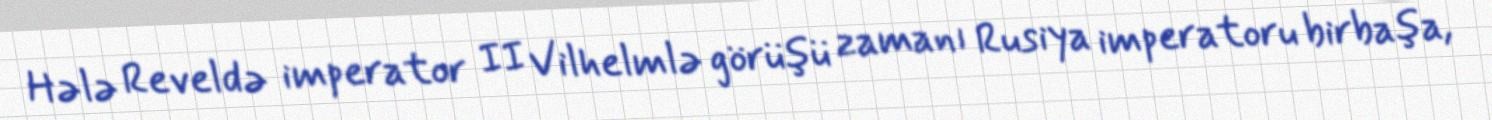
Hələ Reveldə imperator II Vilhelmlə görüşü zamanı Rusiya imperatoru birbaşa,